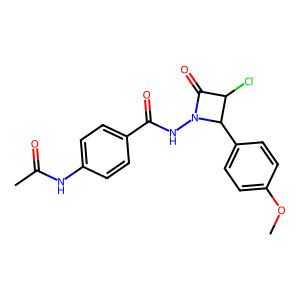
SMILES: COc1ccc(C2C(Cl)C(=O)N2NC(=O)c2ccc(NC(C)=O)cc2)cc1
Inhibits HIV replication: No